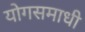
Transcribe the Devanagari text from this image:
योगसमाधी